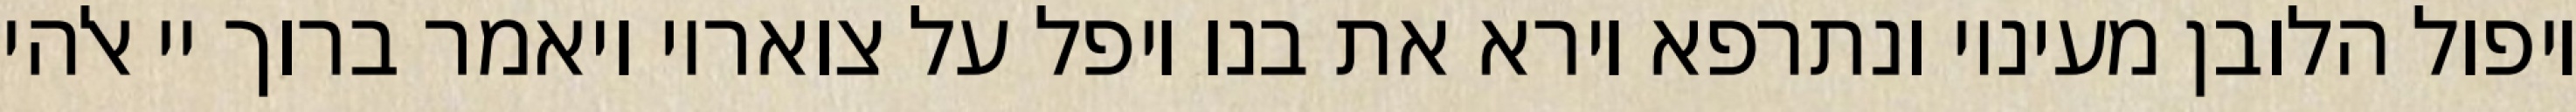
ויפול הלובן מעיניו ונתרפא וירא את בנו ויפל על צואריו ויאמר ברוך יי אלהי